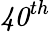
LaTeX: \mathit{40}^{th}